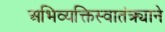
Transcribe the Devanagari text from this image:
अभिव्यक्तिस्वातंत्र्याने